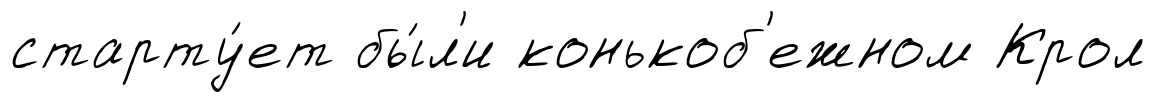
старту́ет бы́л'и конькоб'ежном Крол